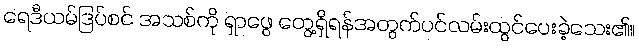
ရေဒီယမ်ဒြပ်စင် အသစ်ကို ရှာဖွေ တွေ့ရှိရန်အတွက်ပင်လမ်းထွင်ပေးခဲ့သေး၏။